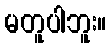
မတူပါဘူး။